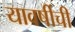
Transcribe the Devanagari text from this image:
यावर्षीची